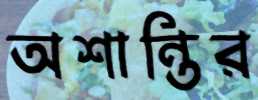
অশান্তির